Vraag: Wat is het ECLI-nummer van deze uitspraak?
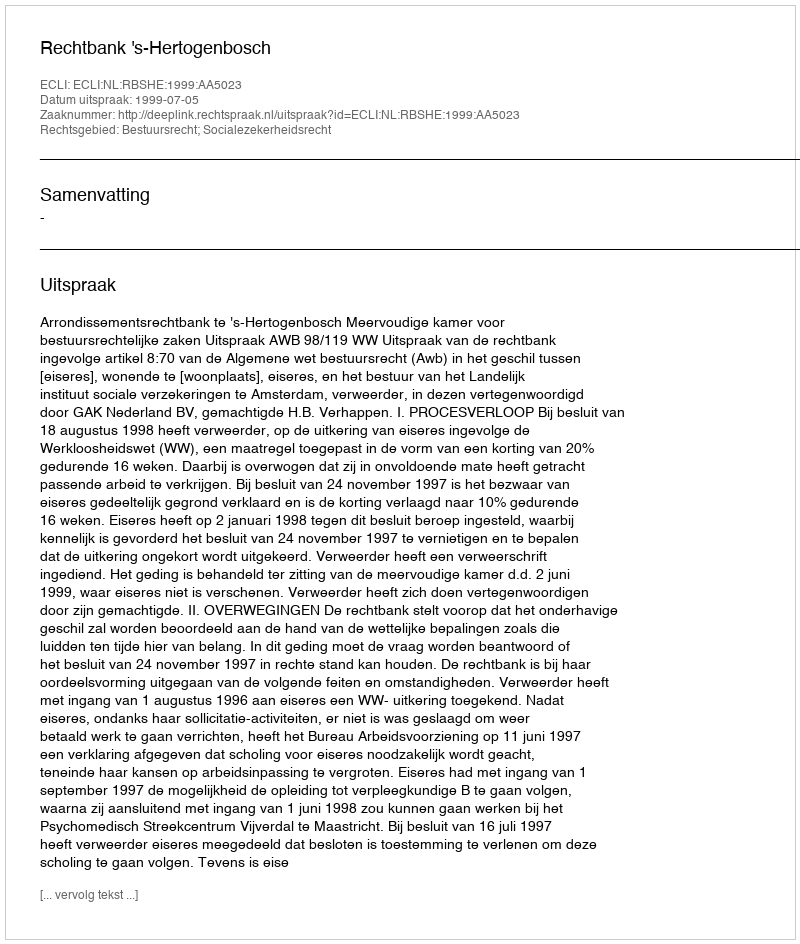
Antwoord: ECLI:NL:RBSHE:1999:AA5023